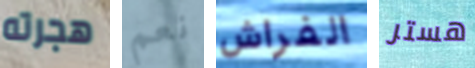
هجرته نعم الفراش هستر